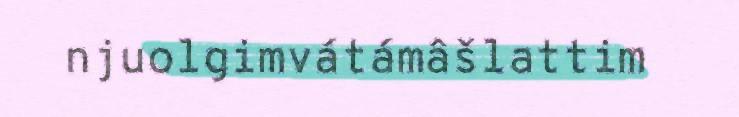
njuolgimvátámâšlattim